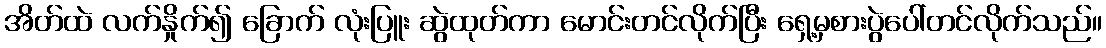
အိတ်ထဲ လက်နှိုက်၍ ခြောက် လုံးပြူး ဆွဲထုတ်ကာ မောင်းတင်လိုက်ပြီး ရှေ့မှစားပွဲပေါ်တင်လိုက်သည်။